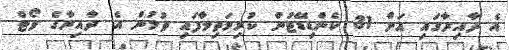
އެ ދާއިރާގައި އަށް 31 ކެންޑިޑޭޓުން ކުރިމަތިލާފައި ވުމުން އެ ދާއިރާގެ ވޯޓް